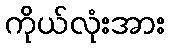
ကိုယ်လုံးအား